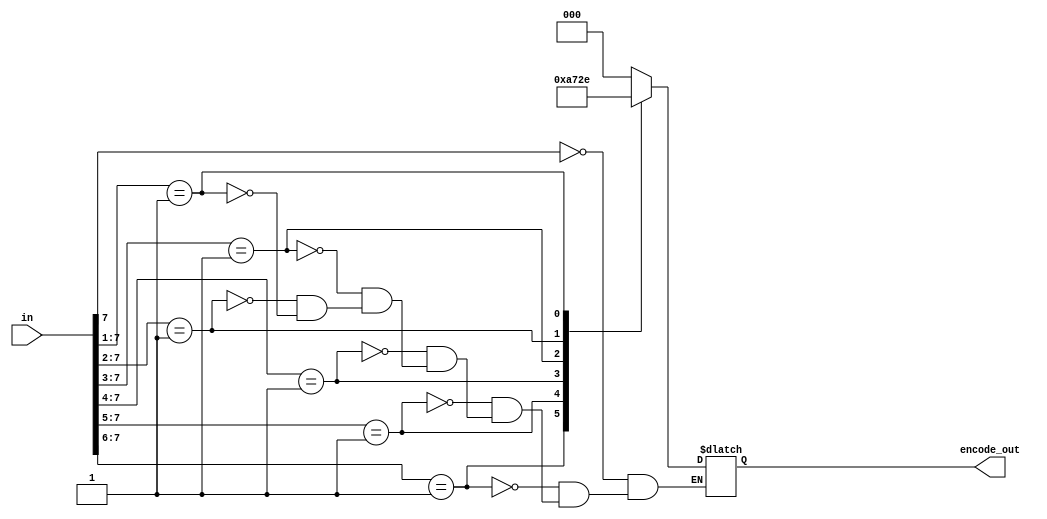
`timescale 1ns / 1ps
//////////////////////////////////////////////////////////////////////////////////
// Company: 
// Engineer: 
// 
// Design Name: 
// Module Name: prio_encode_8_3
// Project Name: 
// Target Devices: 
// Tool Versions: 
// Description: 
// 
// Dependencies: 
// 
// Revision:
// Revision 0.01 - File Created
// Additional Comments:
// 
//////////////////////////////////////////////////////////////////////////////////


module prio_encode_8_3
   (
        input [7:0] in,
		output  reg [2:0]  encode_out 
     );
      always @* 
        begin 
          casez (in)
      8'b1??????? :  encode_out = 3'b000;
      8'b01?????? :  encode_out = 3'b001;
8'b001????? :  encode_out = 3'b010;
      8'b0001???? :  encode_out = 3'b011;
8'b00001??? :  encode_out = 3'b100;
      8'b000001?? :  encode_out = 3'b101;
8'b0000001? :  encode_out = 3'b110;
      8'b10000001 :  encode_out = 3'b111;
   endcase
      end
  endmodule